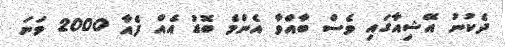
ދެކުނު އޭޝިއާގައި ވެސް ބާއްވާ އެންމެ ބޮޑު އެއް ފެއާ 2000 ވަނަ